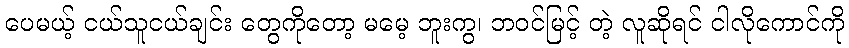
ပေမယ့် ငယ်သူငယ်ချင်း တွေကိုတော့ မမေ့ ဘူးကွ၊ ဘဝင်မြင့် တဲ့ လူဆိုရင် ငါလိုကောင်ကို